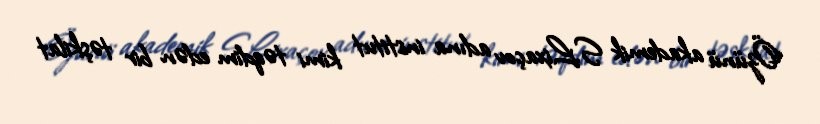
Özünü akademik S.Lixaçov adına institut kimi təqdim edən bir təşkilat